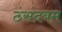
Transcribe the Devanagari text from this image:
ठंसंदबम